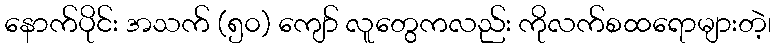
နောက်ပိုင်း အသက် (၅၀) ကျော် လူတွေကလည်း ကိုလက်စထရောများတဲ့၊